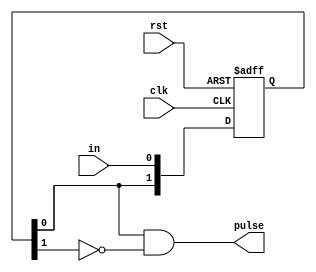
`timescale 1ns / 1ps
//****************************************************************//
//  This document contains information proprietary to the         //
//  CSULB student that created the file - any reuse without       //
//  adequate approval and documentation is prohibited             //
//                                                                //
//  Class: <CECS 460>                                             //
//  Project name: <Project 3>                                     //
//                                                                //
//  Created by <Chou Thao> on <9/14/16>.                          //
//  Copyright  2016 <Chou Thao>. All rights reserved.            //
//                                                                //
//  Abstract: <This is a pulse maker module, more so an edge de-  //
//             tector, which pulses a clock wide output when an   //
//             input in is high.>                                 //
//                                                                //
//  Edit history: <keep track of changes to the file>             //
//                                                                //
//  In submitting this file for class work at CSULB               //
//  I am confirming that this is my work and the work             //
//  of no one else.                                               //
//                                                                //
//  In the event other code sources are utilized I will           //
//  document which portion of code and who is the author          //
//                                                                //
// In submitting this code I acknowledge that plagiarism          //
// in student project work is subject to dismissal from the class //
//****************************************************************//
module pulse_maker(clk, rst, in, pulse);
   input        clk, rst, in;
	output       pulse;
	
	reg [1:0] q;
	
	assign pulse = (q[0] && ~q[1]);
	
	always@(posedge clk, posedge rst)
	   if(rst)                // if rst is high set q to 2'b0
		   q <= 2'b00;
		else                   // else bring in input in through
		   q <= {q[0], in};    // q[0] to q[1]
	
endmodule